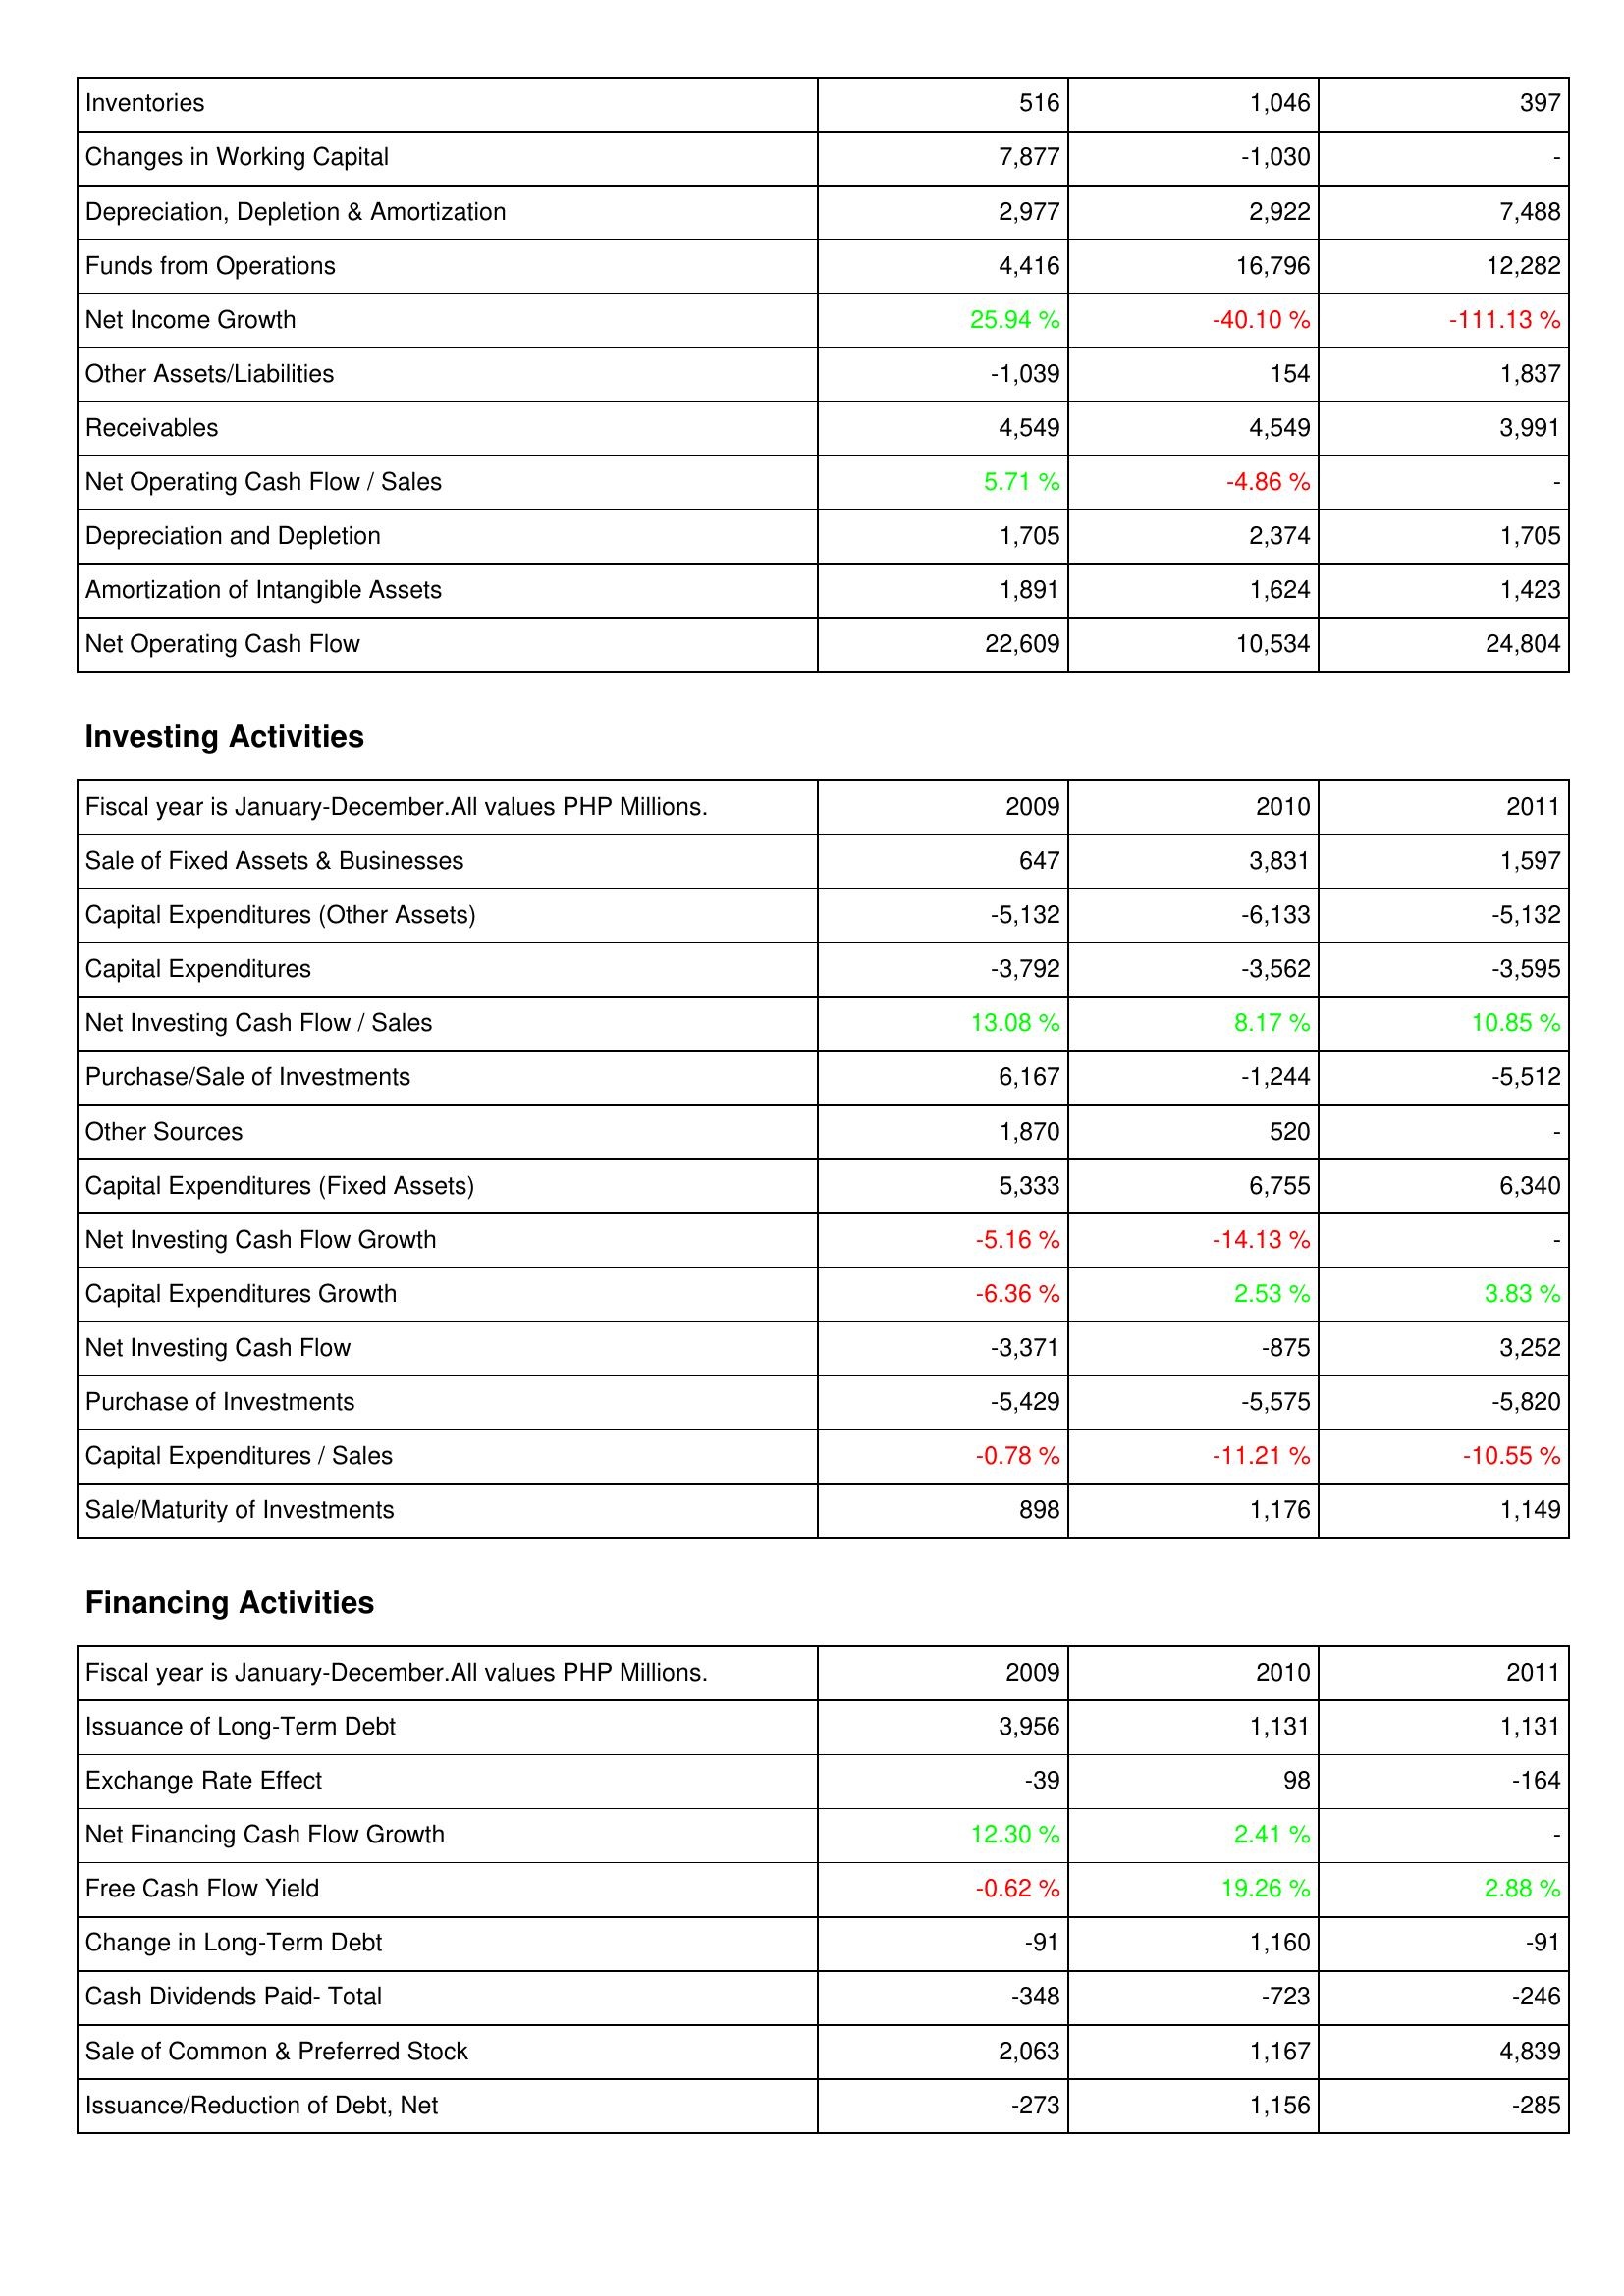
2009: Operating Activities: Inventories: 516
Changes in Working Capital: 7,877
Depreciation, Depletion & Amortization: 2,977
Funds from Operations: 4,416
Net Income Growth: 25.94 %
Other Assets/Liabilities: -1,039
Receivables: 4,549
Net Operating Cash Flow / Sales: 5.71 %
Depreciation and Depletion: 1,705
Amortization of Intangible Assets: 1,891
Net Operating Cash Flow: 22,609
Investing Activities: Sale of Fixed Assets & Businesses: 647
Capital Expenditures (Other Assets): -5,132
Capital Expenditures: -3,792
Net Investing Cash Flow / Sales: 13.08 %
Purchase/Sale of Investments: 6,167
Other Sources: 1,870
Capital Expenditures (Fixed Assets): 5,333
Net Investing Cash Flow Growth: -5.16 %
Capital Expenditures Growth: -6.36 %
Net Investing Cash Flow: -3,371
Purchase of Investments: -5,429
Capital Expenditures / Sales: -0.78 %
Sale/Maturity of Investments: 898
Financing Activities: Issuance of Long-Term Debt: 3,956
Exchange Rate Effect: -39
Net Financing Cash Flow Growth: 12.30 %
Free Cash Flow Yield: -0.62 %
Change in Long-Term Debt: -91
Cash Dividends Paid- Total: -348
Sale of Common & Preferred Stock: 2,063
Issuance/Reduction of Debt, Net: -273
2010: Operating Activities: Inventories: 1,046
Changes in Working Capital: -1,030
Depreciation, Depletion & Amortization: 2,922
Funds from Operations: 16,796
Net Income Growth: -40.10 %
Other Assets/Liabilities: 154
Receivables: 4,549
Net Operating Cash Flow / Sales: -4.86 %
Depreciation and Depletion: 2,374
Amortization of Intangible Assets: 1,624
Net Operating Cash Flow: 10,534
Investing Activities: Sale of Fixed Assets & Businesses: 3,831
Capital Expenditures (Other Assets): -6,133
Capital Expenditures: -3,562
Net Investing Cash Flow / Sales: 8.17 %
Purchase/Sale of Investments: -1,244
Other Sources: 520
Capital Expenditures (Fixed Assets): 6,755
Net Investing Cash Flow Growth: -14.13 %
Capital Expenditures Growth: 2.53 %
Net Investing Cash Flow: -875
Purchase of Investments: -5,575
Capital Expenditures / Sales: -11.21 %
Sale/Maturity of Investments: 1,176
Financing Activities: Issuance of Long-Term Debt: 1,131
Exchange Rate Effect: 98
Net Financing Cash Flow Growth: 2.41 %
Free Cash Flow Yield: 19.26 %
Change in Long-Term Debt: 1,160
Cash Dividends Paid- Total: -723
Sale of Common & Preferred Stock: 1,167
Issuance/Reduction of Debt, Net: 1,156
2011: Operating Activities: Inventories: 397
Changes in Working Capital: -
Depreciation, Depletion & Amortization: 7,488
Funds from Operations: 12,282
Net Income Growth: -111.13 %
Other Assets/Liabilities: 1,837
Receivables: 3,991
Net Operating Cash Flow / Sales: -
Depreciation and Depletion: 1,705
Amortization of Intangible Assets: 1,423
Net Operating Cash Flow: 24,804
Investing Activities: Sale of Fixed Assets & Businesses: 1,597
Capital Expenditures (Other Assets): -5,132
Capital Expenditures: -3,595
Net Investing Cash Flow / Sales: 10.85 %
Purchase/Sale of Investments: -5,512
Other Sources: -
Capital Expenditures (Fixed Assets): 6,340
Net Investing Cash Flow Growth: -
Capital Expenditures Growth: 3.83 %
Net Investing Cash Flow: 3,252
Purchase of Investments: -5,820
Capital Expenditures / Sales: -10.55 %
Sale/Maturity of Investments: 1,149
Financing Activities: Issuance of Long-Term Debt: 1,131
Exchange Rate Effect: -164
Net Financing Cash Flow Growth: -
Free Cash Flow Yield: 2.88 %
Change in Long-Term Debt: -91
Cash Dividends Paid- Total: -246
Sale of Common & Preferred Stock: 4,839
Issuance/Reduction of Debt, Net: -285